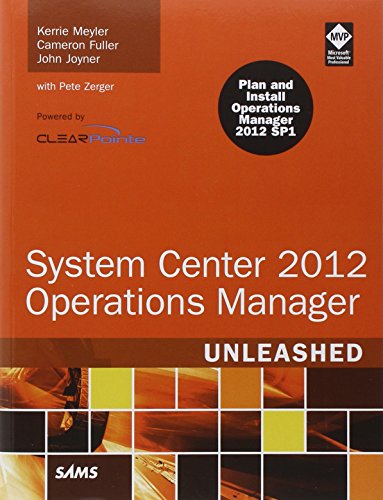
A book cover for System Center 2012 Operations Manager Unleashed (2nd Edition); Kerrie Meyler; Computers & Technology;